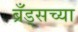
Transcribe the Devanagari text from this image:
ब्रँड्सच्या